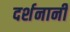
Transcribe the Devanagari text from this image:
दर्शनानी